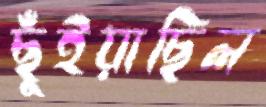
ছুঁইয়াছিল